Code of medical and sanitary regulations for the guidance of medical officers serving in the Madras Presidency - Volume II
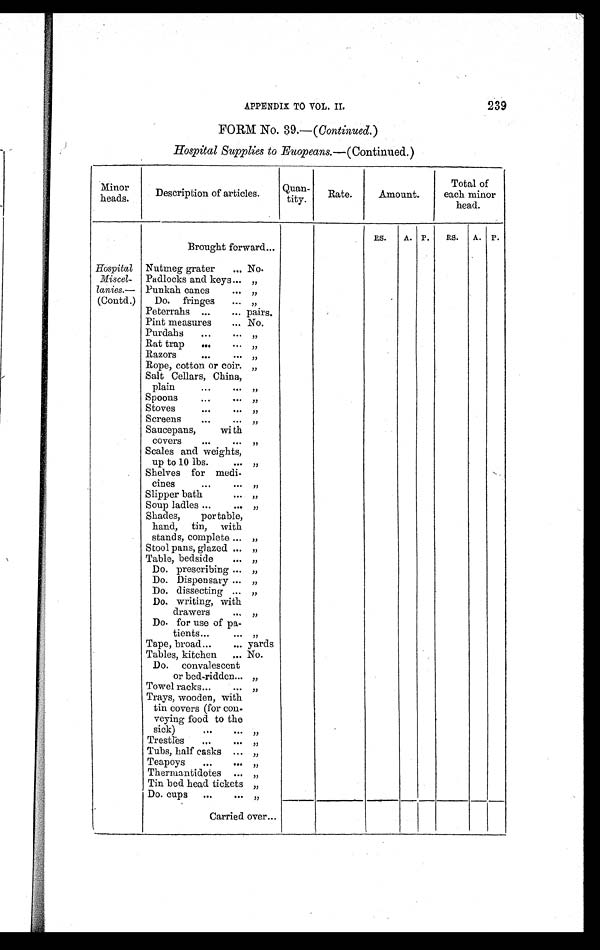
APPENDIX TO VOL. II.
239
FORM No. 39.—( Continued. )
Hospital Supplies to Euopeans. —(Continued.)
Minor
heads.
Description of articles.
Quan-
tity.
Rate.
Amount.
Total of
each minor
head.
RS.
A. P.
RS. A. P.
Brought forward...
Hospital
Miscel-
lanies.—
(Contd.)
Nutmeg grater
... No.
Padlocks and keys . . . „
Punkah canes
. . . „
Do. fringes
... „
Peterrahs
. . .
... pairs.
Pint measures
... No.
Purdahs
. . . . . . „
Rat trap
. . .
...
„
Razors
. . . . . .
„
Rope, cotton or coir. „
Salt Cellars, China,
plain
. . . . . . „
Spoons
. . . . . .
„
Stoves
. . . . . . „
Screens
. . . . . . „
Saucepans, with
covers
. . . . . .
„
Scales and weights,
up to 10 lbs.
. . . „
Shelves for medi-
cines
. . . . . . „
Slipper bath
. . .
„
Soup ladles ...
. . . „
Shades, portable,
hand, tin, with
stands, complete ... „
Stool pans, glazed ... „
Table, bedside
. . . „
Do. prescribing ... „
Do. Dispensary ... „
Do. dissecting ... „
Do. writing, with
drawers
. . . „
Do. for use of pa-
tients
Tape, broad
. . .
. . .
...
...
„
yards
Tables, kitchen
... No.
Do. convalescent
or bed-ridden . . . „
Towel racks . . .
. . .
„
Trays, wooden, with
tin covers (for con-
veying food to the
sick)
...
. . . „
Trestles
...
. . . „
Tubs, half casks ... „
Teapoys
...
. . . „
Thermantidotes ... „
Tin bed head tickets „
Do. cups ...
. . . „
Carried over ...